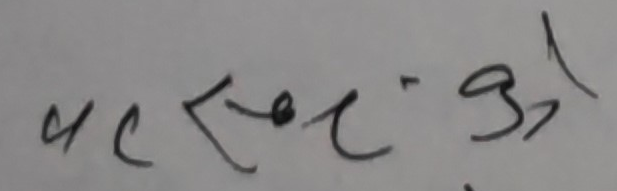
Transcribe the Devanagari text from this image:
क स सोचे ३१